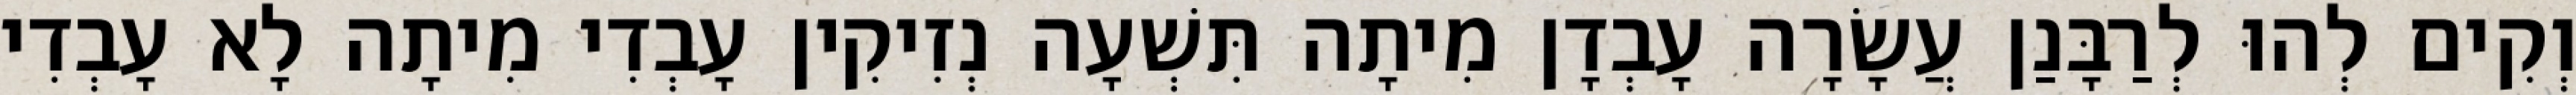
וְקִים לְהוּ לְרַבָּנַן עֲשָׂרָה עָבְדָן מִיתָה תִּשְׁעָה נְזִיקִין עָבְדִי מִיתָה לָא עָבְדִי